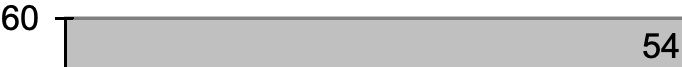
60 54